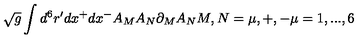
\sqrt { g } \int d ^ { 6 } r ^ { \prime } d x ^ { + } d x ^ { - } A _ { M } A _ { N } \partial _ { M } A _ { N } M , N = \mu , + , - \mu = 1 , . . . , 6